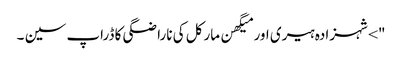
"> شہزادہ ہیری اور میگھن مارکل کی ناراضگی کا ڈراپ سین ۔